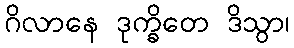
ဂိလာနေ ဒုက္ခိတေ ဒိသွာ၊